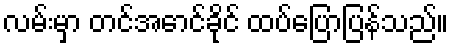
လမ်းမှာ တင်အောင်ခိုင် ထပ်ပြောပြန်သည်။